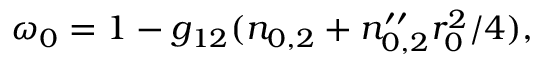
\omega _ { 0 } = 1 - g _ { 1 2 } ( n _ { 0 , 2 } + n _ { 0 , 2 } ^ { \prime \prime } r _ { 0 } ^ { 2 } / 4 ) ,